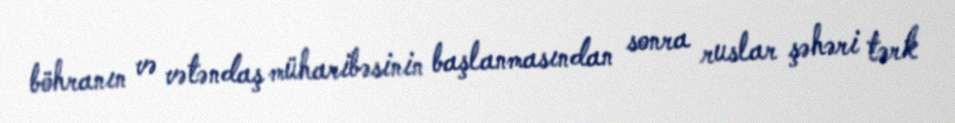
böhranın və vətəndaş müharibəsinin başlanmasından sonra ruslar şəhəri tərk